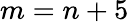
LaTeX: m=n+5